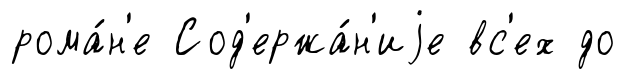
рома́н'е Сод'ержа́н'иjе вс'ех до